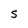
Character: S